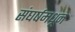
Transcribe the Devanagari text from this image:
संघर्षमधून